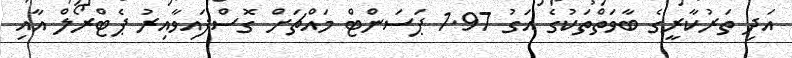
އަދި ތަރުކާރީގެ ބާވަތްތަކުގެ އަގު 1.97 ޕަސަންޓް މައްޗަށް ގޮސްފައިވާއިރު ޕެޓްރޯލް އާއި